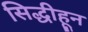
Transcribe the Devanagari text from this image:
सिद्धीहून